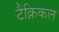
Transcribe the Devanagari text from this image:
टैक्निकल